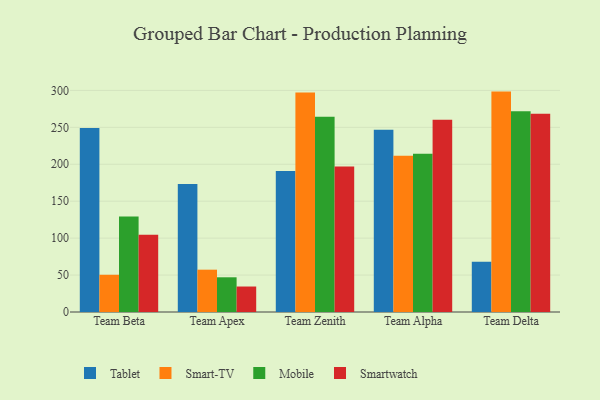
{"axis": {"x": "Team", "y": "Temperature (°C)"}, "legend": ["Mobile", "Smart-TV", "Smartwatch", "Tablet"], "data": [{"x": "Team Beta", "y": 249.1, "type": "Tablet"}, {"x": "Team Beta", "y": 50.4, "type": "Smart-TV"}, {"x": "Team Beta", "y": 129.3, "type": "Mobile"}, {"x": "Team Beta", "y": 104.6, "type": "Smartwatch"}, {"x": "Team Apex", "y": 173.2, "type": "Tablet"}, {"x": "Team Apex", "y": 57.3, "type": "Smart-TV"}, {"x": "Team Apex", "y": 47.0, "type": "Mobile"}, {"x": "Team Apex", "y": 34.5, "type": "Smartwatch"}, {"x": "Team Zenith", "y": 191.0, "type": "Tablet"}, {"x": "Team Zenith", "y": 297.2, "type": "Smart-TV"}, {"x": "Team Zenith", "y": 264.2, "type": "Mobile"}, {"x": "Team Zenith", "y": 196.9, "type": "Smartwatch"}, {"x": "Team Alpha", "y": 246.7, "type": "Tablet"}, {"x": "Team Alpha", "y": 211.5, "type": "Smart-TV"}, {"x": "Team Alpha", "y": 214.3, "type": "Mobile"}, {"x": "Team Alpha", "y": 260.2, "type": "Smartwatch"}, {"x": "Team Delta", "y": 67.9, "type": "Tablet"}, {"x": "Team Delta", "y": 298.4, "type": "Smart-TV"}, {"x": "Team Delta", "y": 271.9, "type": "Mobile"}, {"x": "Team Delta", "y": 268.3, "type": "Smartwatch"}]}